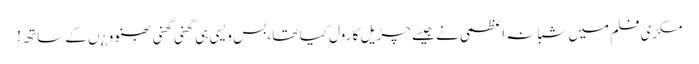
مکڑی فلم میں شبانہ اعظمی نے جیسے چڑیل کا رول کیا تھا، بس ویسی ہی گھنی گھنی بھنوو ¿ں کے ساتھ !